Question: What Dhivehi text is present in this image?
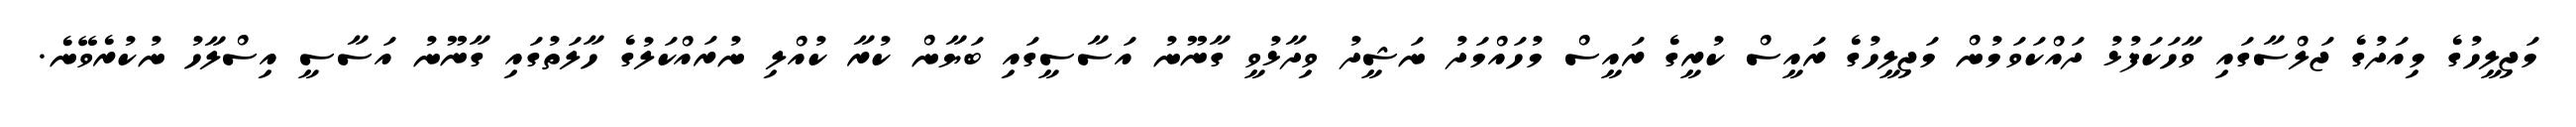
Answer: މަޖިލީހުގެ މިއަދުގެ ޖަލްސާގައި ވާހަކަފުޅު ދައްކަވަމުން މަޖިލީހުގެ ރައީސް ކުރީގެ ރައީސް މުހައްމަދު ނަޝީދު ވިދާޅުވީ ގާނޫނު އަސާސީގައި ބަޔާން ކުރާ ކުއްލި ނުރައްކަލުގެ ހާލަތުގައި ގާނޫނު އަސާސީ އިސްލާހު ނުކުރެވޭނެ.